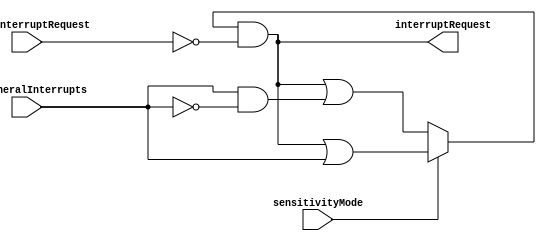
module IRR (
    input wire sensitivityMode,
    input wire [7:0] clearInterruptRequest,
    input wire [7:0] peripheralInterrupts,
    output reg [7:0] interruptRequest
);

    reg [7:0] prevPeripheralInterrupts;
    reg [7:0] assertedInterrupts;

    initial begin
        prevPeripheralInterrupts = 0;
        assertedInterrupts = 0;
    end

    always @* begin
        if (sensitivityMode == 1) begin
            // Level-sensitive handling
            assertedInterrupts = assertedInterrupts | peripheralInterrupts;
        end
        else begin
            // Edge-sensitive handling
            assertedInterrupts = assertedInterrupts | (peripheralInterrupts & ~prevPeripheralInterrupts);
        end

        assertedInterrupts = assertedInterrupts & ~clearInterruptRequest;
        interruptRequest = assertedInterrupts;
        
        // Update Previous Interrupt values
        prevPeripheralInterrupts = peripheralInterrupts;
    end

endmodule